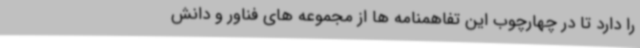
را دارد تا در چهارچوب این تفاهمنامه ها از مجموعه های فناور و دانش